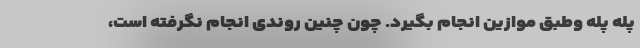
پله پله وطبق موازین انجام بگیرد. چون چنین روندی انجام نگرفته است،